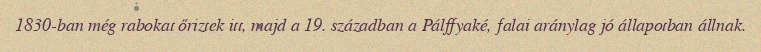
1830-ban még rabokat őriztek itt, majd a 19. században a Pálffyaké, falai aránylag jó állapotban állnak.